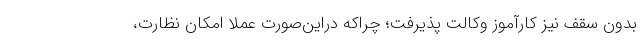
بدون سقف نیز کارآموز وکالت پذیرفت؛ چراکه در‌این‌صورت عملا امکان نظارت،